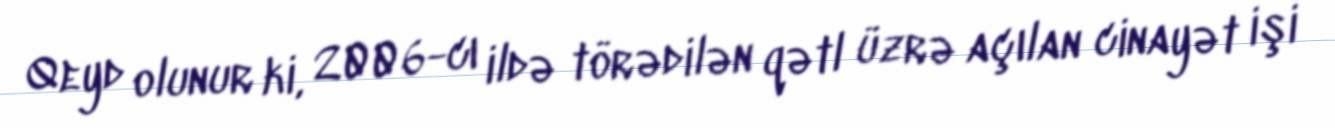
Qeyd olunur ki, 2006-cı ildə törədilən qətl üzrə açılan cinayət işi